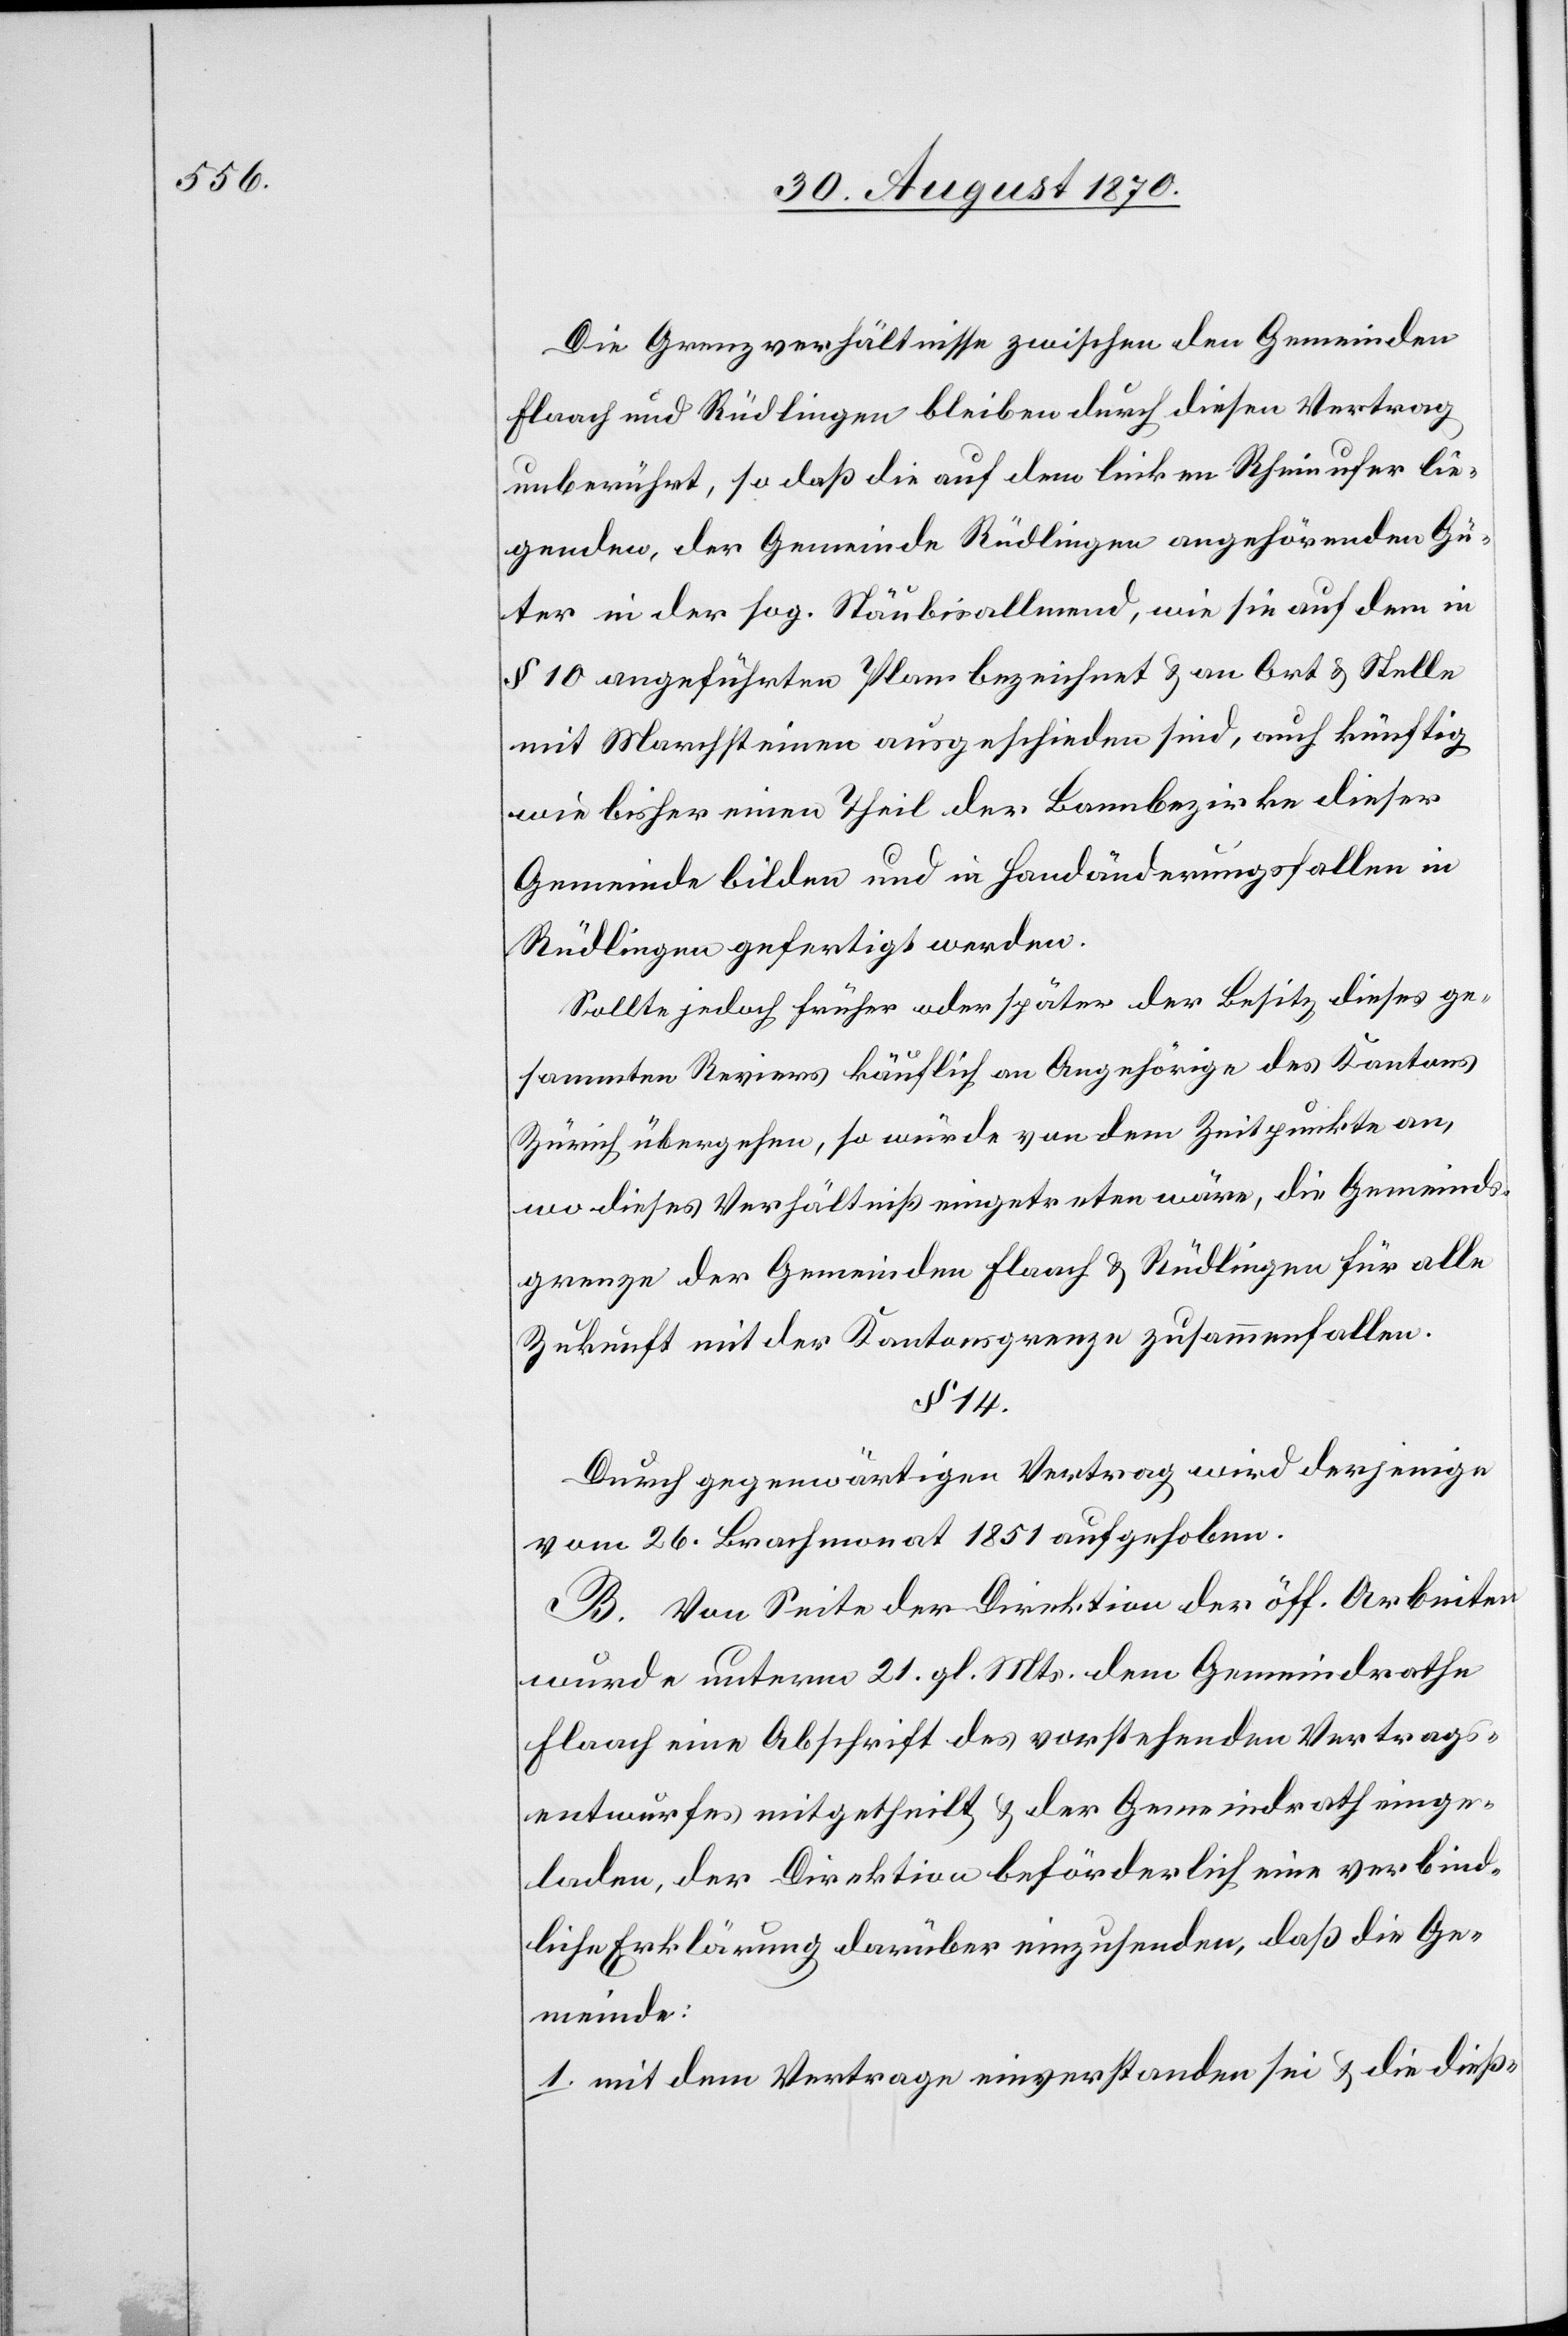
Die Grenzverhältnisse zwischen den Gemeinden
Flaach und Rüdlingen bleiben durch diesen Vertrag
unberührt, so daß die auf dem linken Rheinufer lie¬
genden, der Gemeinde Rüdlingen angehörenden Gü¬
ter in der sog. Stäubisallmend, wie sie auf dem in
§ 10 angeführten Plan bezeichnet sind, auch künftig
wie bisher einen Theil der Bannbezirke dieser
Gemeinde bilden und in Handänderungsfallen
Rüdlingen gefertigt werden.
Sollte jedoch früher oder später der Besitz dieses ge¬
sammten Reviers käuflich an Angehörige des Kantons
Zürich übergehen, so würde von dem Zeitpunkte an,
wo dieses Verhältniß eingetreten wäre, die Gemeinds¬
grenze der Gemeinden Flaach & Rüdlingen für alle
Zukunft mit der Kantonsgrenze zusammenfallen.
§ 14.
Durch gegenwärtigen Vertrag wird derjenige
vom 26. Brachmonat 1851 aufgehoben.
B. Von Seite der Direktion der öff. Arbeiten
wurde unterm 21. gl. Mts. dem Gemeindräthe
Flaach eine Abschrift des vorstehenden Vertrags¬
entwurfes mitgetheilt & der Gemeindrath einge¬
laden, der Direktion beförderlich eine verbind¬
liche Erklärung darüber einzusenden, daß die Ge¬
meinde:
1. mit dem Vertrage einverstanden sei & die dieß-